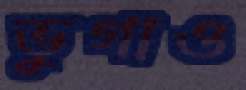
ভুগাও